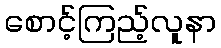
စောင့်ကြည့်လူနာ